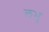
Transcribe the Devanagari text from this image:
लभु